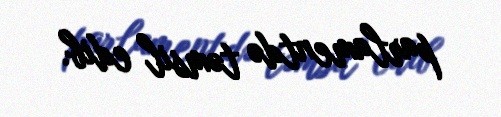
parlamentdə təmsil edib.